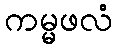
ကမ္မဖလံ